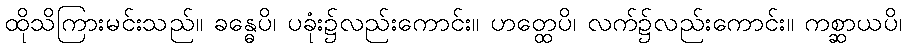
ထိုသိကြားမင်းသည်။ ခန္ဓေပိ၊ ပခုံး၌လည်းကောင်း။ ဟတ္ထေပိ၊ လက်၌လည်းကောင်း။ ကစ္ဆာယပိ၊